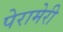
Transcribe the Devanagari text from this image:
पेरामेरी